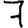
Digit: 7